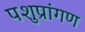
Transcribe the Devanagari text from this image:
पशुप्रांगण